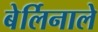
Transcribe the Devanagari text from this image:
बेर्लिनाले